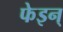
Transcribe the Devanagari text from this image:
फेइन्